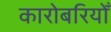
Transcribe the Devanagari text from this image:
कारोबरियोँ